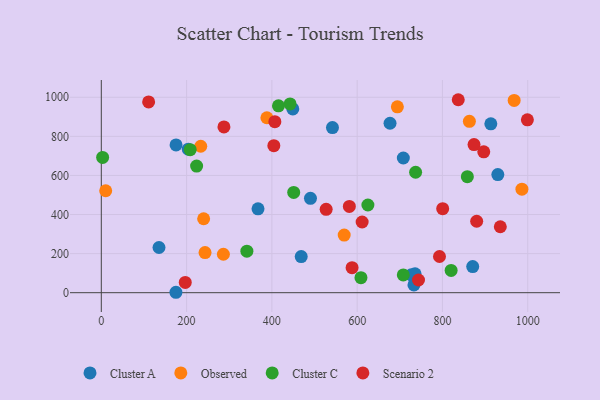
{"axis": {"x": "Investment", "y": "Sales"}, "legend": ["Cluster A", "Cluster C", "Observed", "Scenario 2"], "data": [{"x": "490.5", "y": 482.8, "type": "Cluster A"}, {"x": "708.3", "y": 689.3, "type": "Cluster A"}, {"x": "135.3", "y": 231.3, "type": "Cluster A"}, {"x": "468.8", "y": 184.9, "type": "Cluster A"}, {"x": "542.1", "y": 845.2, "type": "Cluster A"}, {"x": "735.8", "y": 96.8, "type": "Cluster A"}, {"x": "929.9", "y": 604.7, "type": "Cluster A"}, {"x": "175.3", "y": 756.2, "type": "Cluster A"}, {"x": "677.1", "y": 867.1, "type": "Cluster A"}, {"x": "871.0", "y": 133.6, "type": "Cluster A"}, {"x": "449.1", "y": 940.4, "type": "Cluster A"}, {"x": "175.0", "y": 2.2, "type": "Cluster A"}, {"x": "367.5", "y": 429.2, "type": "Cluster A"}, {"x": "727.1", "y": 91.4, "type": "Cluster A"}, {"x": "733.2", "y": 39.9, "type": "Cluster A"}, {"x": "913.5", "y": 864.0, "type": "Cluster A"}, {"x": "204.0", "y": 734.5, "type": "Cluster A"}, {"x": "233.2", "y": 749.5, "type": "Observed"}, {"x": "968.2", "y": 983.9, "type": "Observed"}, {"x": "388.3", "y": 895.3, "type": "Observed"}, {"x": "243.3", "y": 205.2, "type": "Observed"}, {"x": "694.3", "y": 951.2, "type": "Observed"}, {"x": "240.0", "y": 378.4, "type": "Observed"}, {"x": "569.6", "y": 295.1, "type": "Observed"}, {"x": "986.4", "y": 529.6, "type": "Observed"}, {"x": "10.3", "y": 521.6, "type": "Observed"}, {"x": "863.2", "y": 877.2, "type": "Observed"}, {"x": "286.3", "y": 196.9, "type": "Observed"}, {"x": "608.9", "y": 76.8, "type": "Cluster C"}, {"x": "820.4", "y": 113.8, "type": "Cluster C"}, {"x": "858.4", "y": 593.9, "type": "Cluster C"}, {"x": "223.5", "y": 647.9, "type": "Cluster C"}, {"x": "341.4", "y": 212.7, "type": "Cluster C"}, {"x": "708.2", "y": 90.8, "type": "Cluster C"}, {"x": "442.7", "y": 966.1, "type": "Cluster C"}, {"x": "451.2", "y": 513.3, "type": "Cluster C"}, {"x": "415.5", "y": 956.5, "type": "Cluster C"}, {"x": "625.2", "y": 448.8, "type": "Cluster C"}, {"x": "208.5", "y": 731.7, "type": "Cluster C"}, {"x": "737.1", "y": 616.3, "type": "Cluster C"}, {"x": "3.1", "y": 692.3, "type": "Cluster C"}, {"x": "611.7", "y": 361.7, "type": "Scenario 2"}, {"x": "743.9", "y": 65.0, "type": "Scenario 2"}, {"x": "404.6", "y": 752.3, "type": "Scenario 2"}, {"x": "196.9", "y": 52.4, "type": "Scenario 2"}, {"x": "874.1", "y": 757.8, "type": "Scenario 2"}, {"x": "581.7", "y": 441.5, "type": "Scenario 2"}, {"x": "407.0", "y": 875.4, "type": "Scenario 2"}, {"x": "287.6", "y": 848.3, "type": "Scenario 2"}, {"x": "999.2", "y": 884.4, "type": "Scenario 2"}, {"x": "935.7", "y": 337.6, "type": "Scenario 2"}, {"x": "837.1", "y": 987.5, "type": "Scenario 2"}, {"x": "588.1", "y": 128.2, "type": "Scenario 2"}, {"x": "896.9", "y": 720.8, "type": "Scenario 2"}, {"x": "793.1", "y": 185.2, "type": "Scenario 2"}, {"x": "800.6", "y": 430.2, "type": "Scenario 2"}, {"x": "111.0", "y": 976.4, "type": "Scenario 2"}, {"x": "527.3", "y": 426.7, "type": "Scenario 2"}, {"x": "880.3", "y": 365.7, "type": "Scenario 2"}]}